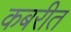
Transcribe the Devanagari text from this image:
कबरीत